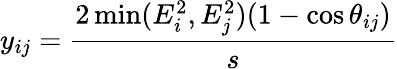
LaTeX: y_{ij}={\frac{2\operatorname*{min}(E_{i}^{2},E_{j}^{2})(1-\cos\theta_{ij})}{s}}